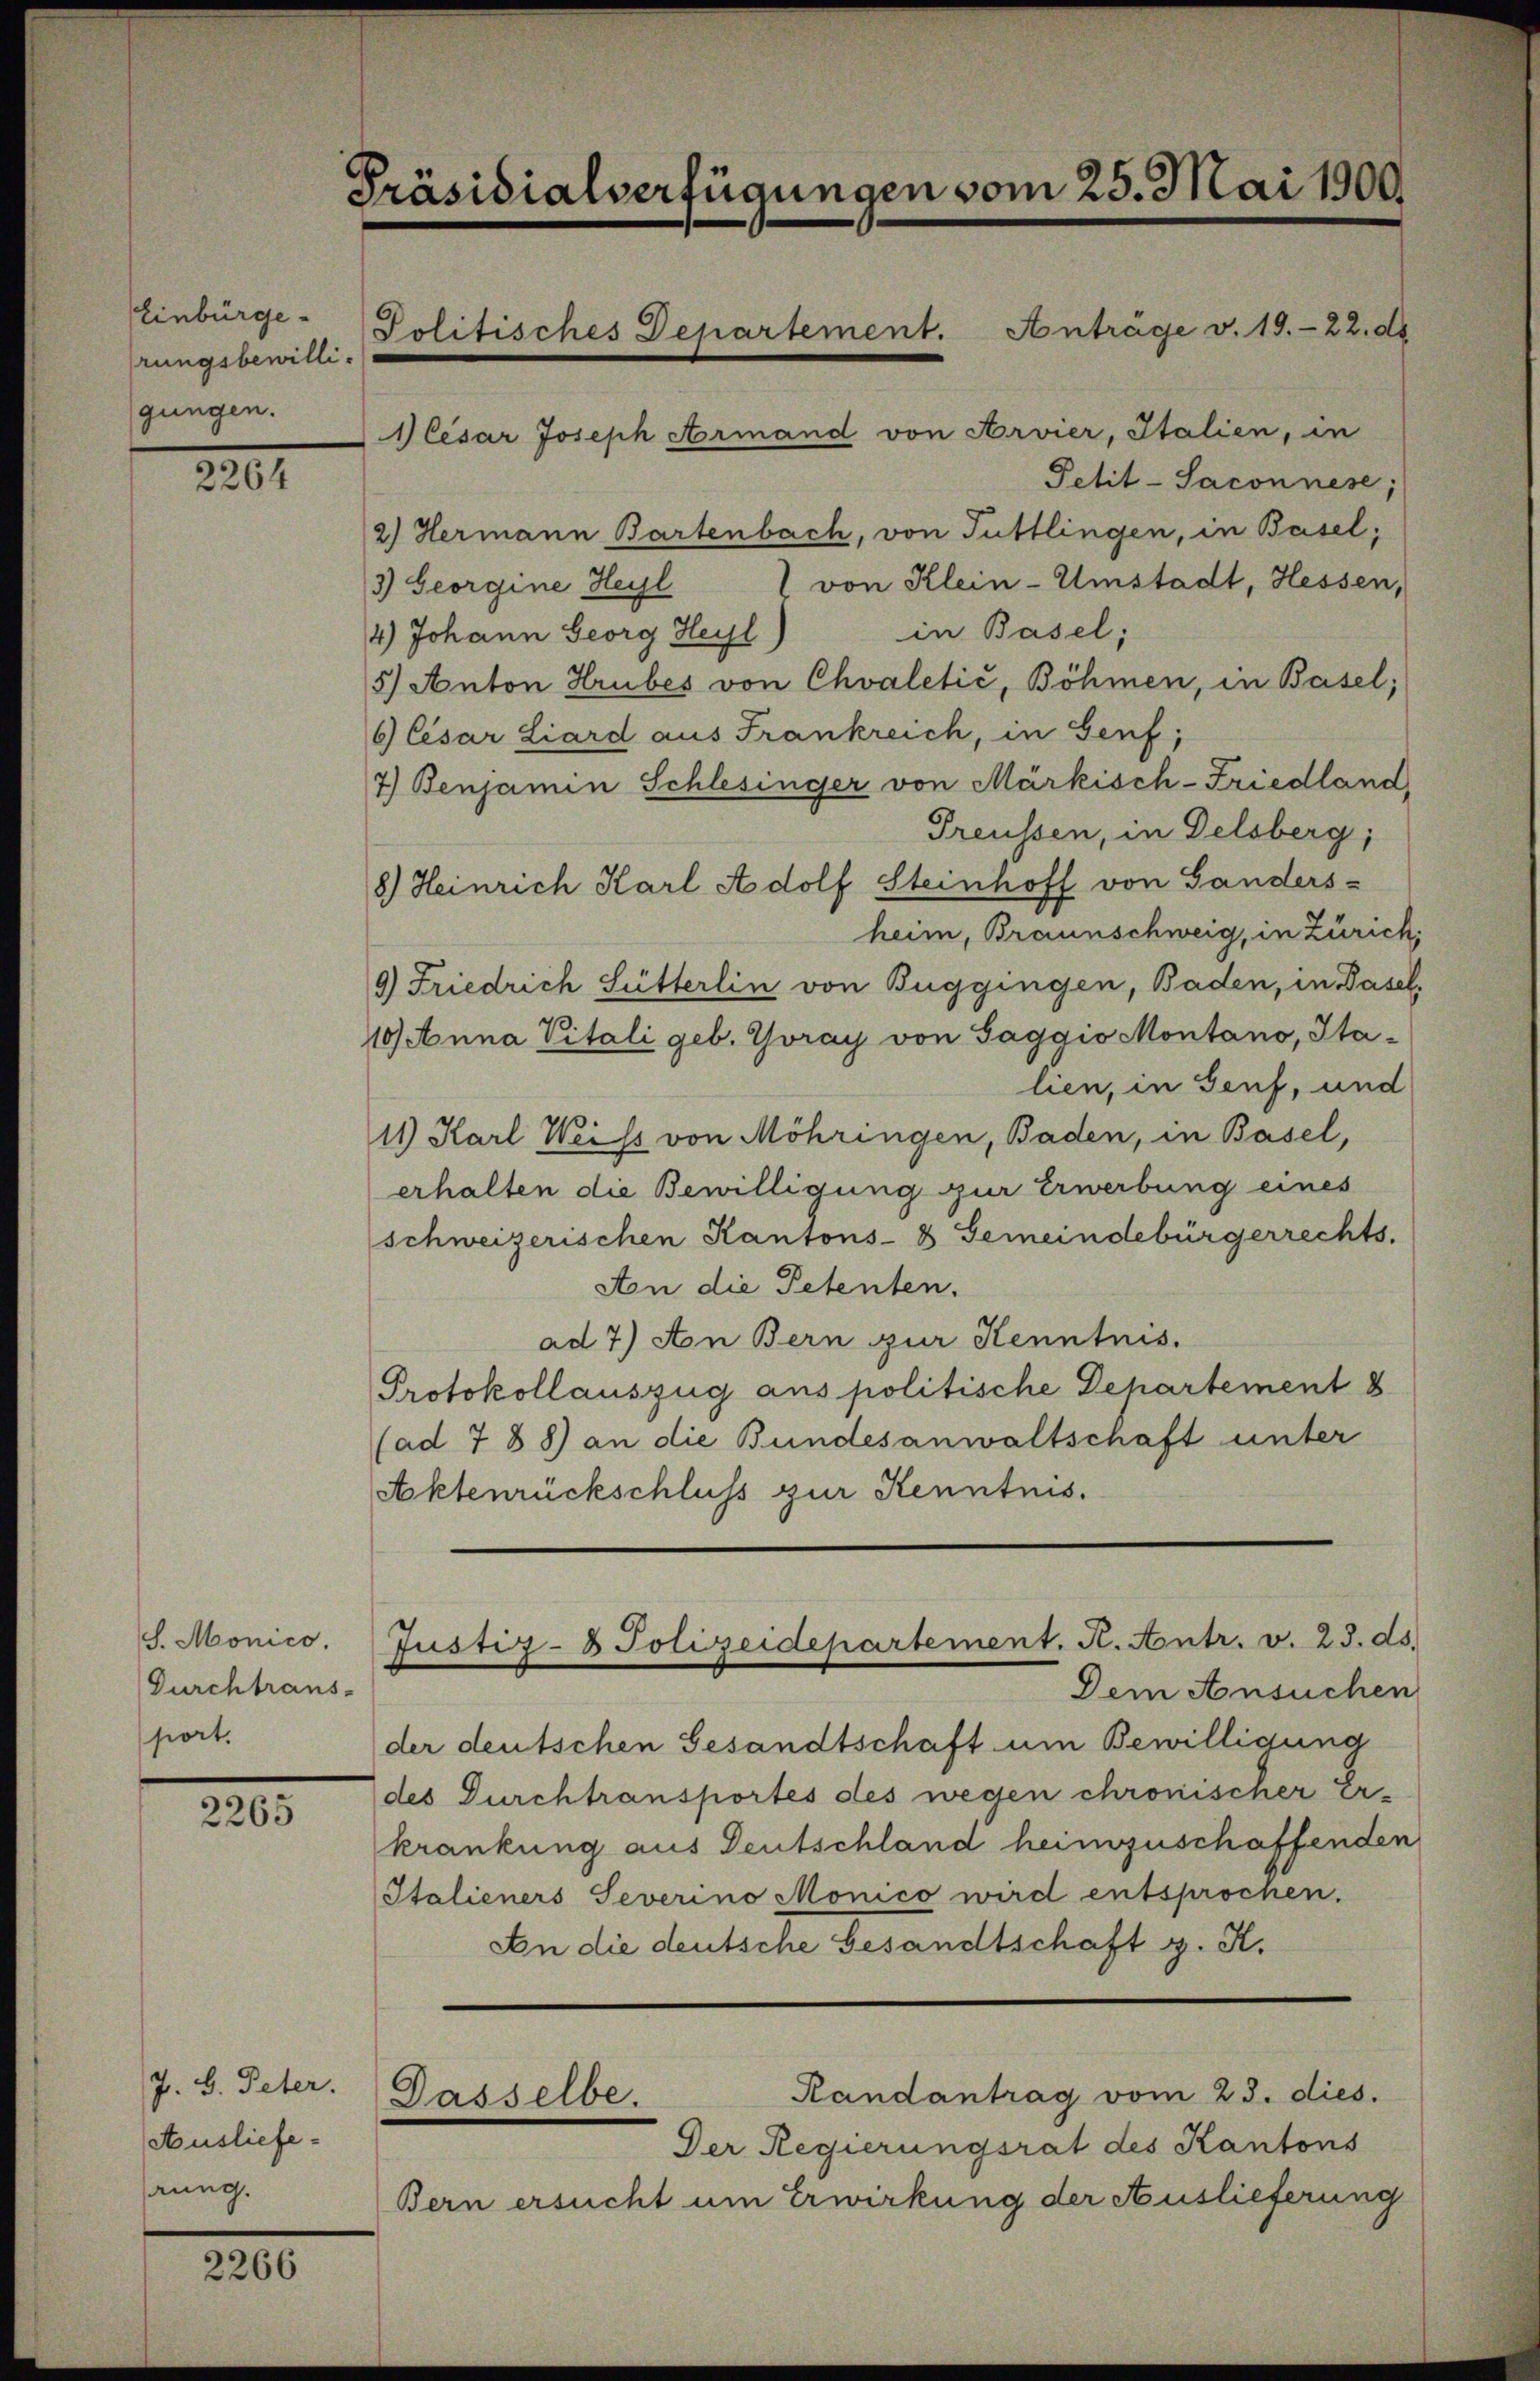
Einbürge
rungsbewilligungen.

2264

S. Monico.
Durchtrans-
siert.

2265

J. B. Peter.
Auslieferung.

2266

Präsidialverfügungen vom 23. Mai 1909
Politisches Departement. Anträge v. 19. 22. de
1Cesar Joseph Armand von Arvier, Italien, in

Petit-Saconnese;
2) Hermann Bartenbach, von Tuttlingen, in Basel;
 von Klein-Umstadt, Hessen,
3) Georgine Heyl
in Basel;
4) Johann Georg Heyl
5) Anton Hrubes von Chvaletić, Böhmen, in Basel;
6 Cesar Liard aus Frankreich, in Genf,
7) Benjamin Schlesinger von Märkisch-Friedland,
Preussen, in Delsberg,
8.) Heinrich Karl Adolf Steinhoff von Ganders-
heim, Braunschweig, in Zürich,
9) Friedrich Sutterlin von Buggingen, Baden, in Basel,
40) Anna Vitali geb. Thoray von Saggio Montano, Italien, in Genf, und
11) Karl Weiss von Möhringen, Baden, in Basel,
erhalten die Bewilligung zur Erwerbung eines
schweizerischen Kantons- & Gemeindebürgerrechts.
Aon die Petenten.
ad 7) An Bern zur Kenntnis.
Protokollauszug aus politische Departement 8
(ad 7 88) an die Bundesanwaltschaft unter
Aktenrückschluss zur Kenntnis.

Der Regierungsrat des Kantons
Bern ersucht um Erwirkung der Auslieferung

Justiz- & Polizeidepartement. K. Antr. v. 23. ds.

Randantrag vom 23. dies.
Dasselbe.

Dem Ansuchen
der deutschen Gesandtschaft um Bewilligung
des Durchtransportes des wegen chronischer er-
krankung aus Deutschland heimzuschaffenden
Italieners Severino Monico wird entsprochen.
An die deutsche Gesandtschaft z. K.